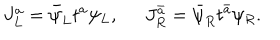
LaTeX: J _ { L } ^ { a } = \bar { \psi } _ { L } t ^ { a } \psi _ { L } , \; \; J _ { R } ^ { \bar { a } } = \bar { \psi } _ { R } t ^ { \bar { a } } \psi _ { R } .